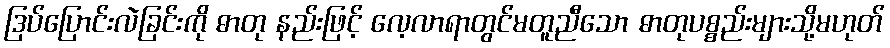
ဒြပ်ပြောင်းလဲခြင်းကို ဓာတု နည်းဖြင့် လေ့လာရာတွင်မတူညီသော ဓာတုပစ္စည်းများသို့မဟုတ်